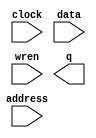
// megafunction wizard: %RAM: 1-PORT%VBB%
// GENERATION: STANDARD
// VERSION: WM1.0
// MODULE: altsyncram 

// ============================================================
// Megafunction Name(s):
// 			altsyncram
//
// Simulation Library Files(s):
// 			altera_mf
// ============================================================
// ************************************************************
// THIS IS A WIZARD-GENERATED FILE. DO NOT EDIT THIS FILE!
//
// 13.0.1 Build 232 06/12/2013 SP 1 SJ Web Edition
// ************************************************************

//Copyright (C) 1991-2013 Altera Corporation
//Your use of Altera Corporation's design tools, logic functions 
//and other software and tools, and its AMPP partner logic 
//functions, and any output files from any of the foregoing 
//(including device programming or simulation files), and any 
//associated documentation or information are expressly subject 
//to the terms and conditions of the Altera Program License 
//Subscription Agreement, Altera MegaCore Function License 
//Agreement, or other applicable license agreement, including, 
//without limitation, that your use is for the sole purpose of 
//programming logic devices manufactured by Altera and sold by 
//Altera or its authorized distributors.  Please refer to the 
//applicable agreement for further details.

module memoriaPrincipal (
	address,
	clock,
	data,
	wren,
	q);

	input	[3:0]  address;
	input	  clock;
	input	[2:0]  data;
	input	  wren;
	output	[2:0]  q;
`ifndef ALTERA_RESERVED_QIS
// synopsys translate_off
`endif
	tri1	  clock;
`ifndef ALTERA_RESERVED_QIS
// synopsys translate_on
`endif

endmodule

// ============================================================
// CNX file retrieval info
// ============================================================
// Retrieval info: PRIVATE: ADDRESSSTALL_A NUMERIC "0"
// Retrieval info: PRIVATE: AclrAddr NUMERIC "0"
// Retrieval info: PRIVATE: AclrByte NUMERIC "0"
// Retrieval info: PRIVATE: AclrData NUMERIC "0"
// Retrieval info: PRIVATE: AclrOutput NUMERIC "0"
// Retrieval info: PRIVATE: BYTE_ENABLE NUMERIC "0"
// Retrieval info: PRIVATE: BYTE_SIZE NUMERIC "8"
// Retrieval info: PRIVATE: BlankMemory NUMERIC "0"
// Retrieval info: PRIVATE: CLOCK_ENABLE_INPUT_A NUMERIC "0"
// Retrieval info: PRIVATE: CLOCK_ENABLE_OUTPUT_A NUMERIC "0"
// Retrieval info: PRIVATE: Clken NUMERIC "0"
// Retrieval info: PRIVATE: DataBusSeparated NUMERIC "1"
// Retrieval info: PRIVATE: IMPLEMENT_IN_LES NUMERIC "0"
// Retrieval info: PRIVATE: INIT_FILE_LAYOUT STRING "PORT_A"
// Retrieval info: PRIVATE: INIT_TO_SIM_X NUMERIC "0"
// Retrieval info: PRIVATE: INTENDED_DEVICE_FAMILY STRING "Cyclone II"
// Retrieval info: PRIVATE: JTAG_ENABLED NUMERIC "0"
// Retrieval info: PRIVATE: JTAG_ID STRING "NONE"
// Retrieval info: PRIVATE: MAXIMUM_DEPTH NUMERIC "0"
// Retrieval info: PRIVATE: MIFfilename STRING "arquivoMemoriaCache.mif"
// Retrieval info: PRIVATE: NUMWORDS_A NUMERIC "16"
// Retrieval info: PRIVATE: RAM_BLOCK_TYPE NUMERIC "2"
// Retrieval info: PRIVATE: READ_DURING_WRITE_MODE_PORT_A NUMERIC "3"
// Retrieval info: PRIVATE: RegAddr NUMERIC "1"
// Retrieval info: PRIVATE: RegData NUMERIC "1"
// Retrieval info: PRIVATE: RegOutput NUMERIC "1"
// Retrieval info: PRIVATE: SYNTH_WRAPPER_GEN_POSTFIX STRING "0"
// Retrieval info: PRIVATE: SingleClock NUMERIC "1"
// Retrieval info: PRIVATE: UseDQRAM NUMERIC "1"
// Retrieval info: PRIVATE: WRCONTROL_ACLR_A NUMERIC "0"
// Retrieval info: PRIVATE: WidthAddr NUMERIC "4"
// Retrieval info: PRIVATE: WidthData NUMERIC "3"
// Retrieval info: PRIVATE: rden NUMERIC "0"
// Retrieval info: LIBRARY: altera_mf altera_mf.altera_mf_components.all
// Retrieval info: CONSTANT: CLOCK_ENABLE_INPUT_A STRING "BYPASS"
// Retrieval info: CONSTANT: CLOCK_ENABLE_OUTPUT_A STRING "BYPASS"
// Retrieval info: CONSTANT: INIT_FILE STRING "arquivoMemoriaCache.mif"
// Retrieval info: CONSTANT: INTENDED_DEVICE_FAMILY STRING "Cyclone II"
// Retrieval info: CONSTANT: LPM_HINT STRING "ENABLE_RUNTIME_MOD=NO"
// Retrieval info: CONSTANT: LPM_TYPE STRING "altsyncram"
// Retrieval info: CONSTANT: NUMWORDS_A NUMERIC "16"
// Retrieval info: CONSTANT: OPERATION_MODE STRING "SINGLE_PORT"
// Retrieval info: CONSTANT: OUTDATA_ACLR_A STRING "NONE"
// Retrieval info: CONSTANT: OUTDATA_REG_A STRING "CLOCK0"
// Retrieval info: CONSTANT: POWER_UP_UNINITIALIZED STRING "FALSE"
// Retrieval info: CONSTANT: RAM_BLOCK_TYPE STRING "M4K"
// Retrieval info: CONSTANT: WIDTHAD_A NUMERIC "4"
// Retrieval info: CONSTANT: WIDTH_A NUMERIC "3"
// Retrieval info: CONSTANT: WIDTH_BYTEENA_A NUMERIC "1"
// Retrieval info: USED_PORT: address 0 0 4 0 INPUT NODEFVAL "address[3..0]"
// Retrieval info: USED_PORT: clock 0 0 0 0 INPUT VCC "clock"
// Retrieval info: USED_PORT: data 0 0 3 0 INPUT NODEFVAL "data[2..0]"
// Retrieval info: USED_PORT: q 0 0 3 0 OUTPUT NODEFVAL "q[2..0]"
// Retrieval info: USED_PORT: wren 0 0 0 0 INPUT NODEFVAL "wren"
// Retrieval info: CONNECT: @address_a 0 0 4 0 address 0 0 4 0
// Retrieval info: CONNECT: @clock0 0 0 0 0 clock 0 0 0 0
// Retrieval info: CONNECT: @data_a 0 0 3 0 data 0 0 3 0
// Retrieval info: CONNECT: @wren_a 0 0 0 0 wren 0 0 0 0
// Retrieval info: CONNECT: q 0 0 3 0 @q_a 0 0 3 0
// Retrieval info: GEN_FILE: TYPE_NORMAL memoriaPrincipal.v TRUE
// Retrieval info: GEN_FILE: TYPE_NORMAL memoriaPrincipal.inc FALSE
// Retrieval info: GEN_FILE: TYPE_NORMAL memoriaPrincipal.cmp FALSE
// Retrieval info: GEN_FILE: TYPE_NORMAL memoriaPrincipal.bsf TRUE
// Retrieval info: GEN_FILE: TYPE_NORMAL memoriaPrincipal_inst.v TRUE
// Retrieval info: GEN_FILE: TYPE_NORMAL memoriaPrincipal_bb.v TRUE
// Retrieval info: LIB_FILE: altera_mf